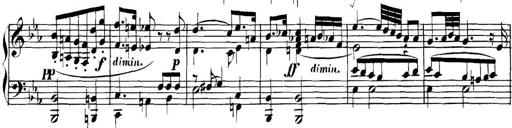
Title: Collected Piano Sonatas
Composer: Muzio Clementi